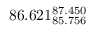
8 6 . 6 2 1 _ { 8 5 . 7 5 6 } ^ { 8 7 . 4 5 0 }